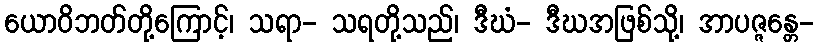
ယောဝိဘတ်တို့ကြောင့်၊ သရာ- သရတို့သည်၊ ဒီဃံ- ဒီဃအဖြစ်သို့၊ အာပဇ္ဇန္တေ-